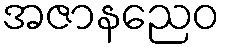
အဇာနညေဝ